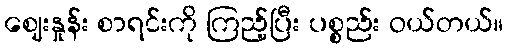
ဈေးနှုန်း စာရင်းကို ကြည့်ပြီး ပစ္စည်း ဝယ်တယ်။